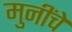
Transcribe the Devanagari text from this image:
मुनींचे